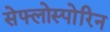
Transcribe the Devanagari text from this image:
सेफ्लोस्पोरिन